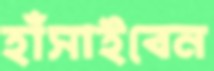
হাঁসাইবেন